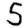
Digit: 5